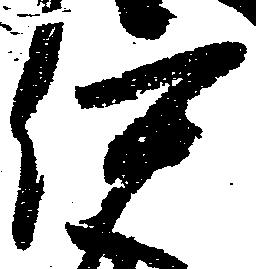
伊